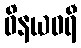
ဝိနယဓရီ